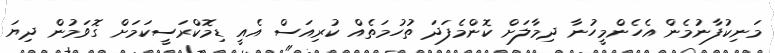
މަނިކުފާނުމެން އެހެންމީހުނާ ދިމާލަށް ކޮންމެފަދަ ތުހުމަތެއް ކުރިއަސް އެއީ ޑިމޮކްރަސީކަމަށް ގޮވަމުން ދިޔަ